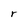
Character: r